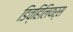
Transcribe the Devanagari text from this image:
डिव्हिलियर्स